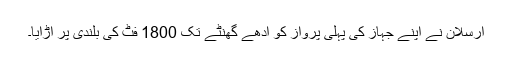
ارسلان نے اپنے جہاز کی پہلی پرواز کو آدھے گھنٹے تک 1800 فٹ کی بلندی پر اڑایا۔